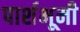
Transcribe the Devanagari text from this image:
पार्शभूमी